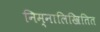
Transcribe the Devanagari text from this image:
निम्नालिखितित